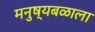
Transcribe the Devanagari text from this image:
मनुष्यबळाला